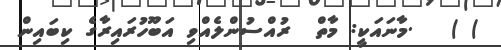
) )   .މާނައަކީ: މާތް  ރުއްސުންލެއްވި އަބޫހުރައިރާގެ ކިބައިން